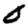
Digit: 0